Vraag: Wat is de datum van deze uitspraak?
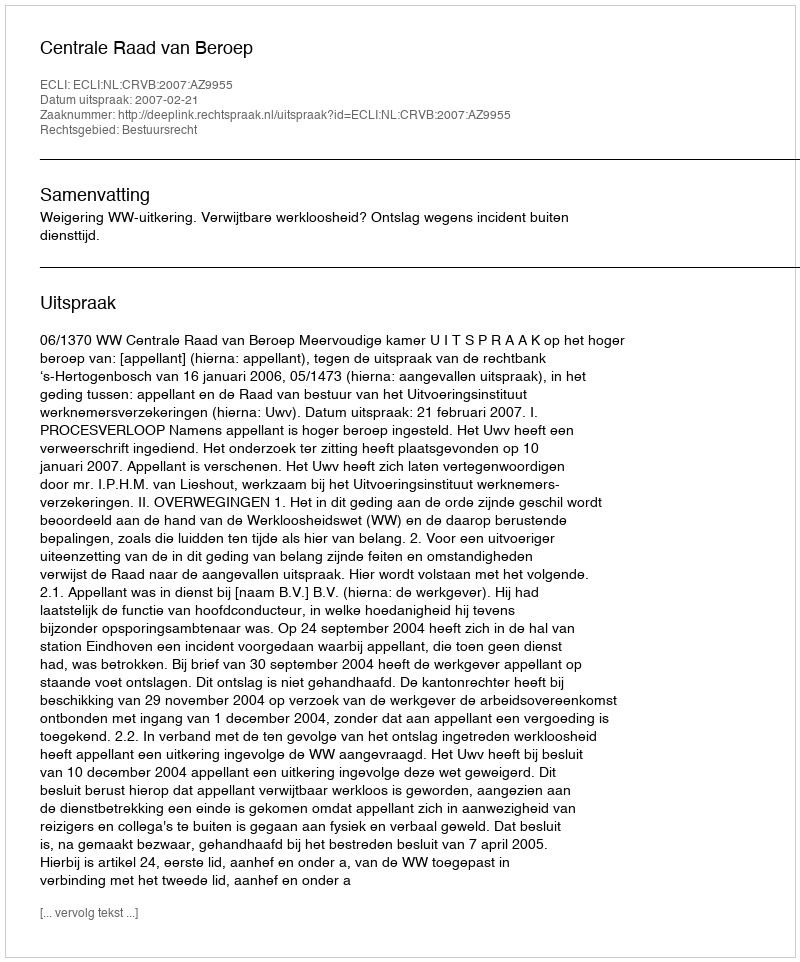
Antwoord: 2007-02-21